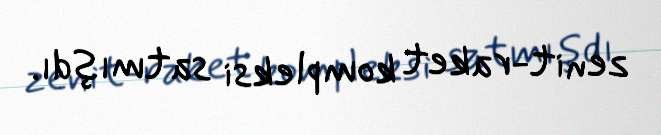
zenit-raket kompleksi satmışdı.